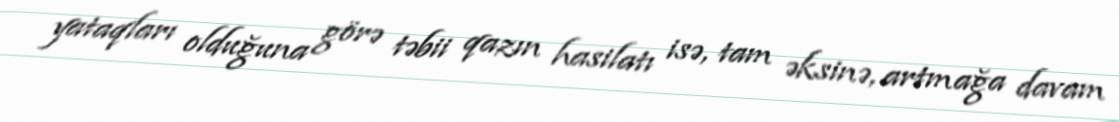
yataqları olduğuna görə təbii qazın hasilatı isə, tam əksinə, artmağa davam